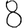
Digit: 8